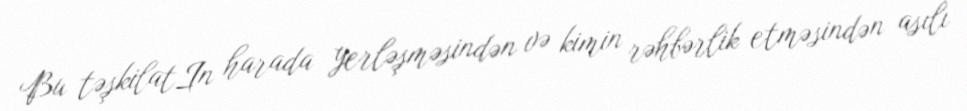
Bu təşkilatIn harada yerləşməsindən və kimin rəhbərlik etməsindən asılı